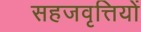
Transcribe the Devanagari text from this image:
सहजवृत्तियों